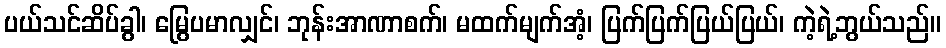
ပယ်သင်ဆိပ်ခွါ၊ မြွေပမာလျှင်၊ ဘုန်းအာဏာစက်၊ မထက်မျက်အံ့၊ ပြက်ပြက်ပြယ်ပြယ်၊ ကဲ့ရဲ့ဘွယ်သည်။